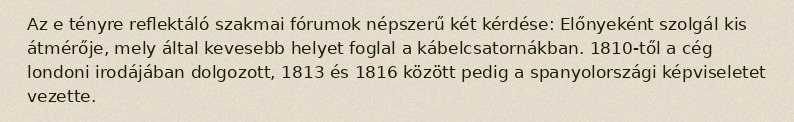
Az e tényre reflektáló szakmai fórumok népszerű két kérdése: Előnyeként szolgál kis átmérője, mely által kevesebb helyet foglal a kábelcsatornákban. 1810-től a cég londoni irodájában dolgozott, 1813 és 1816 között pedig a spanyolországi képviseletet vezette.